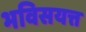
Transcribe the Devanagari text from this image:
भविसयत्त